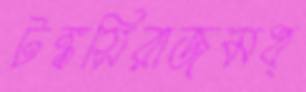
টঙ্কসিরাজমধ্